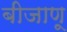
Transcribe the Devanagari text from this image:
बीजाणू